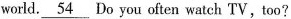
world.\underline{54}Do you often watch TV, too?